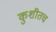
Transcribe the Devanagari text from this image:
कुशीतच